Report of the Indian Hemp Drugs Commission, 1894-1895 - Volume VI
Year: 1894
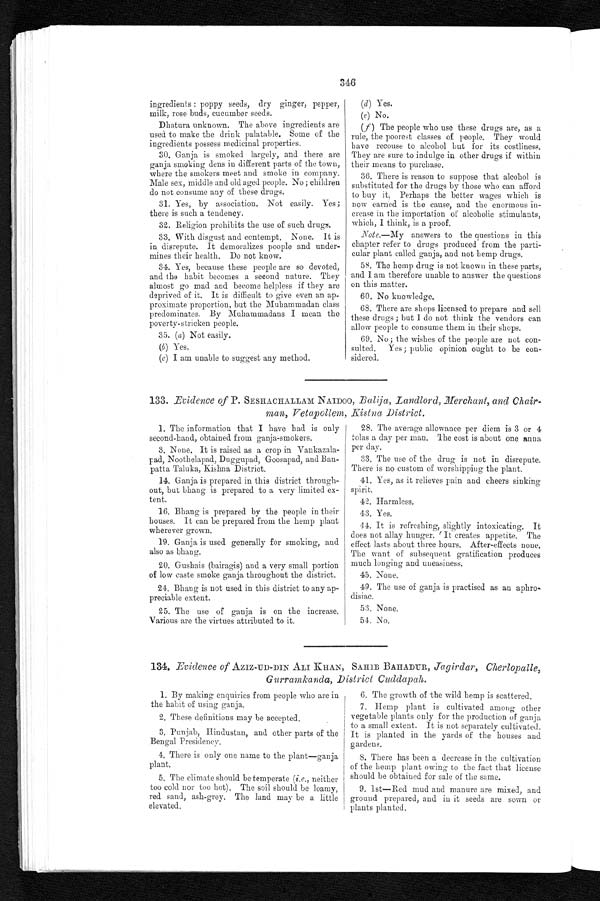
346
ingredients : poppy seeds, dry ginger, pepper,
milk, rose buds, cucumber seeds.
Dhatura unknown. The above ingredients are
used to make the drink palatable. Some of the
ingredients possess medicinal properties.
30. Ganja is smoked largely, and there are
ganja smoking dens in different parts of the town,
where the smokers meet and smoke in company.
Male sex, middle and old aged people. No ; children
do not consume any of these drugs.
31. Yes, by association. Not easily. Yes ;
there is such a tendency.
32. Religion prohibits the use of such drugs.
33. With disgust and contempt. None. It is
in disrepute. It demoralizes poople and under-
mines their health. Do not know.
34. Yes, because these people are so devoted,
and the habit becomes a second nature. They
almost go mad and become helpless if they are
deprived of it. It is difficult to give even an ap-
proximate proportion, but the Muhammadan class
predominates. By Muhammadans I mean the
poverty-stricken people.
35. (a) Not easily.
(b) Yes.
(c) I am unable to suggest any method.
(d)
(d) Yes.
(e) No.
(f) The people who use these drugs are, as a
rule, the poorest classes of people. They would
have recouse to alcohol but for its costliness.
They are sure to indulge in other drugs if within
their means to purchase.
36. There is reason to suppose that alcohol is
substituted for the drugs by those who can afford
t o buy i t . Per haps t he bet t er wages whi ch i s
now earned is the cause, and the enormous in-
crease in the importation of alcoholic stimulants,
which, I think, is a proof.
Note.—My answers to the questions in this
chapter refer to drugs produced from the parti-
cular plant called ganja, and not hemp drugs.
58. The hemp drug is not known in these parts,
and I am therefore unable to answer the questions
on this matter.
60. No knowledge.
68. There are shops licensed to prepare and sell
these drugs ; but I do not think the vendors can
allow people to consume them in their shops.
69. No; the wishes of the people are not con
-
sulted. Yes; public opinion ought to be con
-
sidered.
133. Evidence of P. SESHACHALLAM NAIDOO, Balija, Landlord, Merchant, and Chair
-
man, Vetapollem, Kistna District.
1. The information that I have bad is only
second-hand, obtained from ganja-smokers.
3. None. It is raised as a crop in Vankazala-
pad, Noothelapad, Duggupad, Goosapad, and Ban-
patta Taluka, Kishna District.
14. Ganja is prepared in this district through-
out, but bhang is prepared to a very limited. ex-
tent.
16. Bhang is prepared by the people in their
houses. It can be prepared from the hemp plant
wherever grown.
19. Ganja is used generally for smoking, and
also as bhang.
20. Gushais (bairagis) and a very small portion
of low caste smoke ganja throughout the district.
24. Bhang is not used in this district to any ap-
preciable extent.
25. The use of ganja is on the increase.
Various are the virtues attributed to it.
28. The average allowance per diem is 3 or 4
tolas a day per man. The cost is about one anna
per day.
33. The use of the drug is not in disrepute.
There is no custom of worshipping the plant.
41. Yes, as it relieves pain and cheers sinking
spirit.
42. Harmless.
43. Yes.
44. It is refreshing, slightly intoxicating. It
does not allay hunger. It creates appetite. The
effect lasts about three hours. After-effects none,
The want of subsequent gratification produces
much longing and uneasiness.
45. None.
49. The use of ganja is practised as an aphro-
disiac.
53. None.
54. No.
134. Evidence of AZIZ-UD-DIN ALI KHAN, SAHIB BAHADUR, Jagirdar, Cherlopalle,
Gurramkanda, District Cuddapah.
1. By making enquiries from people who are in
the habit of using ganja.
2. These definitions may be accepted.
3. Punjab, Hindustan, and other parts of the
Bengal Presidency.
4. There is only one name to the plant—ganja
plant.
5. The climate should be temperate ( i.e., neither
too cold nor too hot). The soil should be loamy,
red. sand, ash-grey, The land may be a little
elevated.
6. 6. The growth of the wild hemp is scattered.
7.
Hemp plant is cultivated among other
vegetable plants only for the production of ganja
to a small extent. It is not separately cultivated.
It is planted in the yards of the houses and
gardens.
8. There has been a decrease in the cultivation
of the hemp plant owing to the fact that license
should be obtained for sale of the same.
9. 1st—Red mud and manure are mixed, and
ground prepared, and in it seeds are sown or
plants planted.